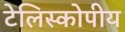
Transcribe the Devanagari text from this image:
टेलिस्कोपीय